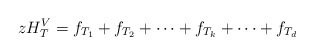
\begin{align*} zH_T^V = f_{T_1} + f_{T_2} + \cdots + f_{T_k} + \cdots + f_{T_d}\end{align*}